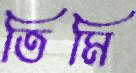
তিমি